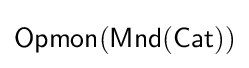
{\mathsf {Opmon(Mnd(Cat))}}